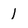
Character: 1